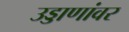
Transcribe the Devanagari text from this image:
उड्डाणांवर